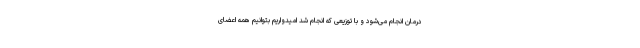
درمان انجام می‌شود و با توزیعی که انجام شد امیدواریم بتوانیم همه اعضای